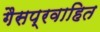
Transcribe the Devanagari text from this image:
गैसप्रवाहित